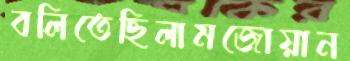
বলিতেছিলামজোয়ান